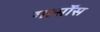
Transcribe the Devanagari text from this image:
गार्सोंस